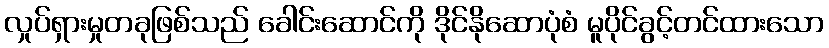
လှုပ်ရှားမှုတခုဖြစ်သည် ခေါင်းဆောင်ကို ဒိုင်နိုဆောပုံစံ မူပိုင်ခွင့်တင်ထားသော